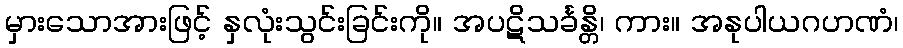
မှားသောအားဖြင့် နှလုံးသွင်းခြင်းကို။ အပဋိသင်္ခန္တိ၊ ကား။ အနုပါယဂဟဏံ၊